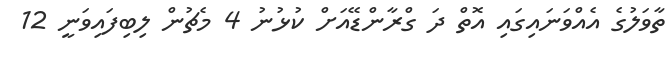
ތާވަލުގެ އެއްވަނައިގައި އޮތް ދަ ގްރާންޑޭއަށް ކުޅުނު 4 މެޗުން ލިބިފައިވަނީ 12